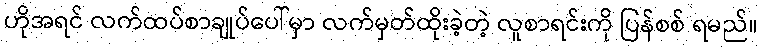
ဟိုအရင် လက်ထပ်စာချုပ်ပေါ်မှာ လက်မှတ်ထိုးခဲ့တဲ့ လူစာရင်းကို ပြန်စစ် ရမည်။